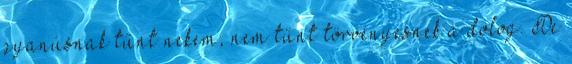
gyanúsnak tűnt nekem, nem tűnt törvényesnek a dolog. De